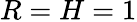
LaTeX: R=H=1